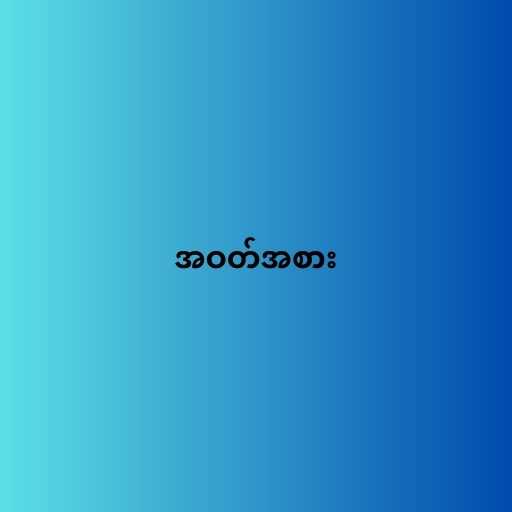
အဝတ်အစား